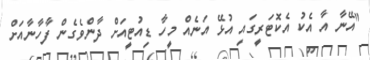
"އޭނާ އާ އެކު އެކޮޓަރީގައި އުޅޭ އަނެއް މީހާ ޑިއުޓީއަށް ދާންވެގެން ފާހާނާއަށް